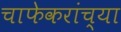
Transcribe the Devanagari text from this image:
चाफेकरांच्या